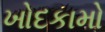
ખોદકામો